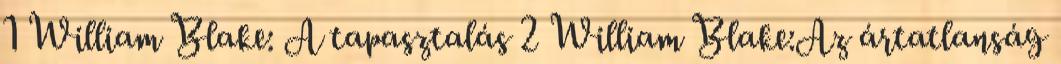
1 William Blake: A tapasztalás 2 William Blake:Az ártatlanság